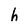
Character: h